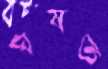
ঘষত